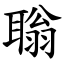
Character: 聬